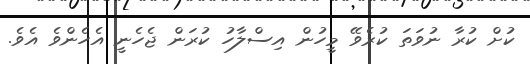
ކުށް ކުރާ ނުވަތަ ކުރެވޭ މީހުން އިސްލާހު ކުރަން ޖެހެނީ އެހެންވެ އެވެ.